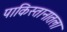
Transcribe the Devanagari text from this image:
पाकिस्तानातला